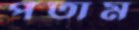
পতাম